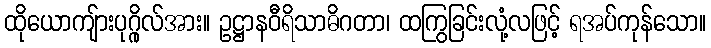
ထိုယောကျ်ားပုဂ္ဂိုလ်အား။ ဥဋ္ဌာနဝီရိသာဓိဂတာ၊ ထကြွခြင်းလုံ့လဖြင့် ရအပ်ကုန်သော။